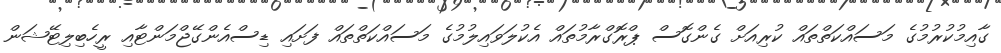
ގާއިމުކުރުމުގެ މަސައްކަތްތައް ކުރިއަށް ގެންގޮސް ޕްރޮގްރާމުތައް އެކުލަވައިލުމުގެ މަސައްކަތްތައް ފަށައި ޑިސްއެންގޭޖްމަންޓާއި ރީހެބިލިޓޭޝަން